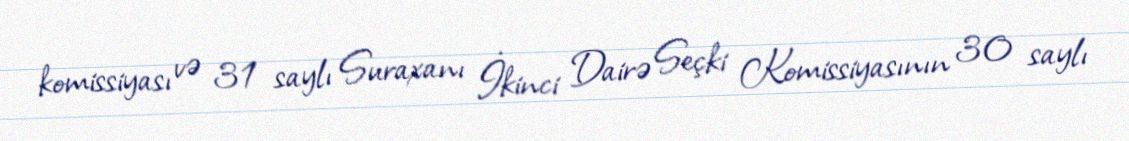
komissiyası və 31 saylı Suraxanı İkinci Dairə Seçki Komissiyasının 30 saylı